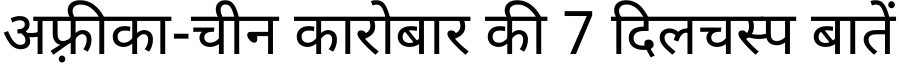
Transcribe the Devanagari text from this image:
अफ़्रीका-चीन कारोबार की 7 दिलचस्प बातें